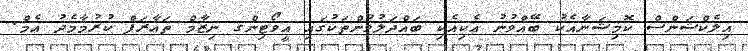
އިލެކްޝަންސް ކޮމިޝަނާއެކު ބޭއްވުނު އެކިއެކި ބައްދަލުވުންތަކުގައި އީވޯޓިންގ ނިޒާމް ތަޢާރަފް ކުރުމާމެދު އެމް.